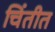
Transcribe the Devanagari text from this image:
चिंतीत